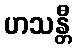
ဟသန္တီ